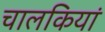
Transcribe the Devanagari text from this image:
चालकियां